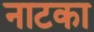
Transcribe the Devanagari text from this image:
नाटका